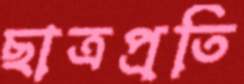
ছাত্রপ্রতি